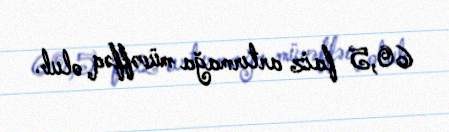
60,5 faiz artırmağa müvəffəq olub.